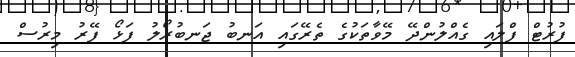
ފުރުޓް ފްލައި ގެއްލުންދޭ މޭވާތަކުގެ ތެރޭގައި އަނބު ޖަނބުރޯލު ފަޅޯ ފޭރު މިރުސް